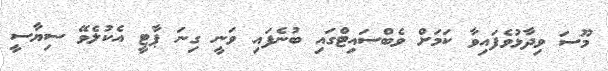
މޫސަ ވިދާޅުވެފައިވާ ކަމަށް ވެބްސައިޓްގައި ބުނެފައި ވަނީ ގިނަ ޕާޓީ އެކުލެވޭ ސިޔާސީ